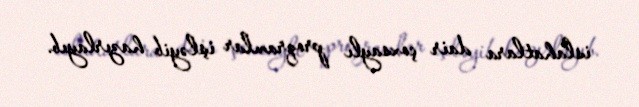
islahatlara dair çoxsaylı proqramlar işləyib hazırlayıb.